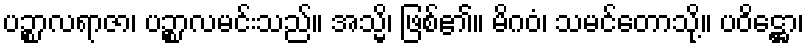
ပဉ္စာလရာဇာ၊ ပဉ္စာလမင်းသည်။ အသ္မိ၊ ဖြစ်၏။ မိဂဝံ၊ သမင်တောသို့။ ပဝိဋ္ဌော၊